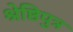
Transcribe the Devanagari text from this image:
श्रेष्ठिपुत्र